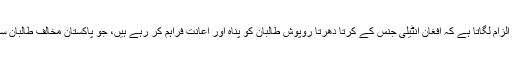
ادھر، پاکستان الزام لگاتا ہے کہ افغان انٹیلی جنس کے کرتا دھرتا روپوش طالبان کو پناہ اور اعانت فراہم کر رہے ہیں، جو پاکستان مخالف طالبان سے وابستہ ہیں۔